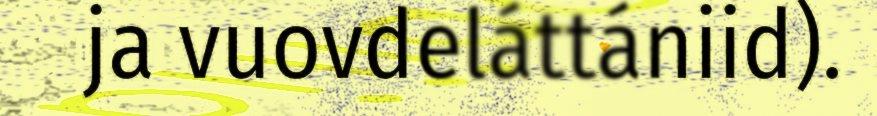
ja vuovdeláttániid).